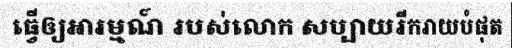
ធ្វើឲ្យអារម្មណ៍ របស់លោក សប្បាយរីករាយបំផុត